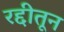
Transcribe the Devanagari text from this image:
रद्दीतून